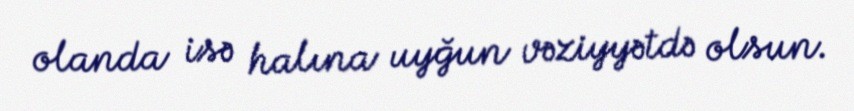
olanda isə halına uyğun vəziyyətdə olsun.